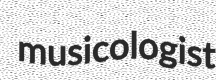
musicologist